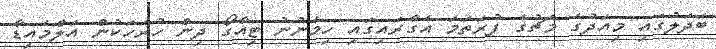
ބަދަލުގައި މިއަދުގެ މެޗުގެ ފުރަތަމަ އެގާރައިގައި ހިމެނުނު ޓިއާގޯ ދިން ހުރަހަކުން އަލްމެއިޑާ